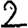
Digit: 2